Vaccine operations Central Provinces 1868-1885 - 1868-1885
Year: 1868
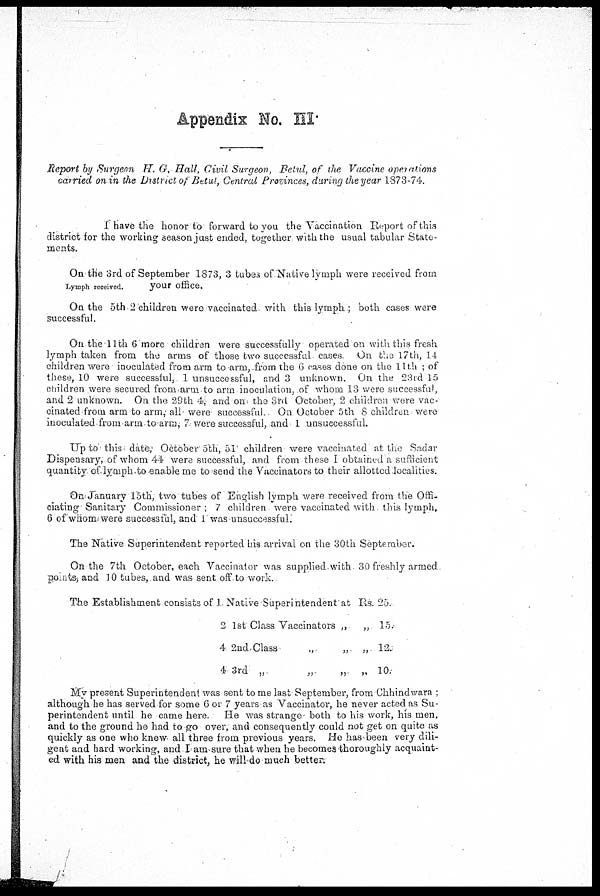
Appendix No. III.
Report by Surgeon H. G. Hall, Civil Surgeon, Betul, of the Vaccine operations
carried on in the District of Betut, Central Provinces, during the year 1873-74.
I have the honor to forward to you the Vaccination Report of this
district for the working season just ended, together with the usual tabular State-
ments.
On the 3rd of September 1873, 3 tubes of Native lymph were received from
Lymph received.
your office.
On the 5th 2 children were vaccinated with this lymph; both cases were
successful.
On the 11th 6 more children were successfully operated on with this fresh
lymph taken from the arms of those two successful cases On the 17th, 14
children were inoculated from arm to arm, from the 6 cases done on the 11th ; of
these, 10 were successful, 1 unsuccessful, and 3 unknown. On the 23rd 15
children were secured from arm to arm inoculation, of whom 13 were successful,
and 2 unknown. On the 29th 4, and on the 3rd October, 2 children were vac-
cinated from arm to arm, all were successful. On October 5th 8 children were
inoculated from arm to arm, 7 were successful, and 1 unsuccessful.
Up to this date; October 5th, 51' children were vaccinated at the Sadar
Dispensary, of whom 44 were successful, and from these I obtained a sufficient
quantity of lymph.to enable me to send the Vaccinators to their allotted localities.
On January 15th, two tubes of English lymph were received from the Offi-
ciating Sanitary Commissioner ; 7 children were vaccinated with this lymph,
6 of whom were successful, and I was unsuccessful.
The Native Superintendent reported his arrival on the 30th September.
On the 7th October, each Vaccinator was supplied.with 30 freshly armed
points and 10 tubes, and was sent off to work.
The Establishment consists of 1. Native Superintendent at Rs.
2 1st Class Vaccinators „
„
4 2nd Class
.,
„ „
4 3rd „
„
„ „
25
15
12.
10
My present Superintendent was sent to me last September, from Chhindwara ;
although he has served for some 6 or 7 years as Vaccinator, he never acted as Su-
perintendent until he came here. He was strange both to his work, his men,
and to the ground he had to go over, and consequently could not get on quite as
quickly as one who knew all three from previous years. He has been very dili-
gent and hard working, and I am sure that when he becomes thoroughly acquaint-
ed with his men and the district, he will do much better.